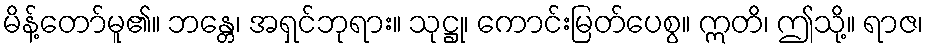
မိန့်တော်မူ၏။ ဘန္တေ၊ အရှင်ဘုရား။ သုဋ္ဌု၊ ကောင်းမြတ်ပေစွ။ ဣတိ၊ ဤသို့။ ရာဇ၊